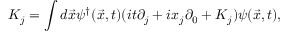
K _ { j } = \int d \vec { x } \psi ^ { \dag } ( \vec { x } , t ) ( i t \partial _ { j } + i x _ { j } \partial _ { 0 } + { \cal K } _ { j } ) \psi ( \vec { x } , t ) ,